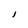
Character: I